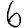
Digit: 6